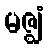
မဇ္ဈံ